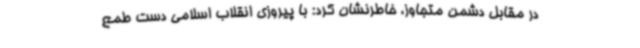
در مقابل دشمن متجاوز، خاطرنشان کرد: با پیروزی انقلاب اسلامی دست طمع